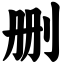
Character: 删